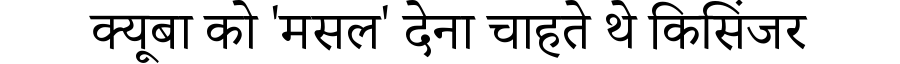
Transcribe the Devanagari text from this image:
क्यूबा को 'मसल' देना चाहते थे किसिंजर